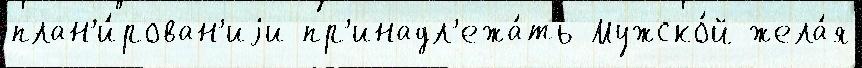
план'и́рован'иjи пр'инадл'ежа́ть Мужско́й жела́я